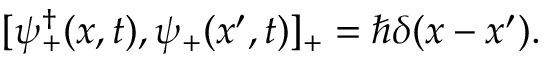
[ \psi _ { + } ^ { \dagger } ( x , t ) , \psi _ { + } ( x ^ { \prime } , t ) ] _ { + } = \hbar \delta ( x - x ^ { \prime } ) .